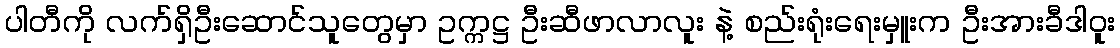
ပါတီကို လက်ရှိဦးဆောင်သူတွေမှာ ဥက္ကဋ္ဌ ဦးဆီဖာလာလူး နဲ့ စည်းရုံးရေးမှူးက ဦးအားခီဒါဝူး